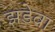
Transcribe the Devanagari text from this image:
झडेवा